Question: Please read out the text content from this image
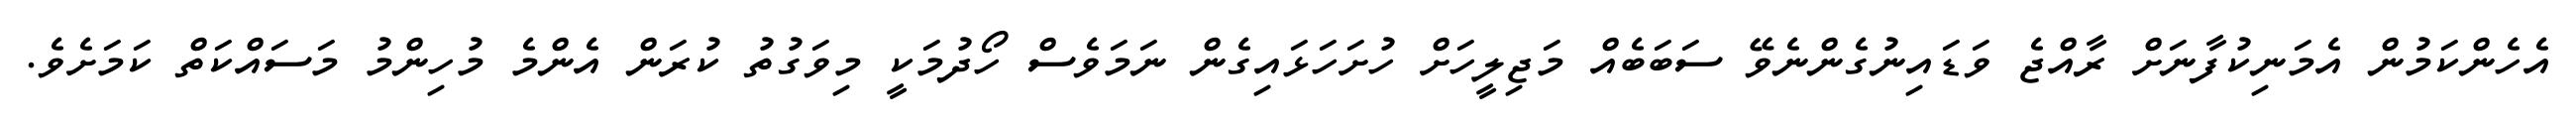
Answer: އެހެންކަމުން އެމަނިކުފާނަށް ރާއްޖެ ވަޑައިނުގެންނެވޭ ސަބަބެއް މަޖިލީހަށް ހުށަހަޅައިގެން ނަމަވެސް ހޯދުމަކީ މިވަގުތު ކުރަން އެންމެ މުހިންމު މަސައްކަތް ކަމަށެވެ.